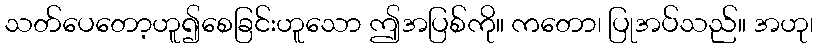
သတ်ပေတော့ဟူ၍စေခြင်းဟူသော ဤအပြစ်ကို။ ကတော၊ ပြုအပ်သည်။ အဟု၊